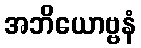
အဘိယောဗ္ဗနံ